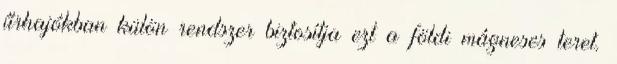
űrhajókban külön rendszer biztosítja ezt a földi mágneses teret.